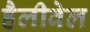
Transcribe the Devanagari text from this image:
हैलीवेल